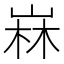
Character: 𡹇